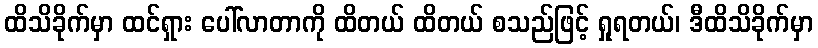
ထိသိခိုက်မှာ ထင်ရှား ပေါ်လာတာကို ထိတယ် ထိတယ် စသည်ဖြင့် ရှုရတယ်၊ ဒီထိသိခိုက်မှာ